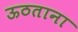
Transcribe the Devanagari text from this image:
ऊठताना